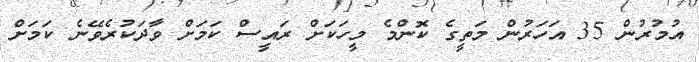
އުމުރުން 35 އަހަރުން މަތީގެ ކޮންމެ މީހަކަށް ރައީސް ކަމަށް ވާދަކުރެވޭނެ ކަމަށް